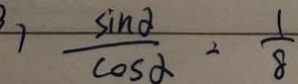
7 \frac { \sin 2 } { \cos \alpha } = \frac { 1 } { 8 }